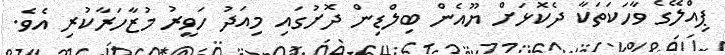
ޕިއްލޭގެ ވާހަކަތަކާ ދެކޮޅަށް ޔޫއެން ބިލްޑިން ދޮށުގައި މިއަދު ހަވީރު މުޒާހަރާކުރި އެވެ.